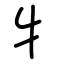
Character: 牜